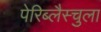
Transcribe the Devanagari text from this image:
पेरिब्लैस्चुला